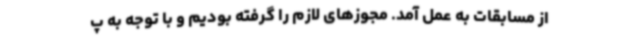
از مسابقات به عمل آمد. مجوزهای لازم را گرفته بودیم و با توجه به پ